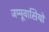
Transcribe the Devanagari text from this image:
जम्मूवासियों